Civil Veterinary Department Bihar & Orissa reports 1922-29 - 1922-1929
Year: 1922
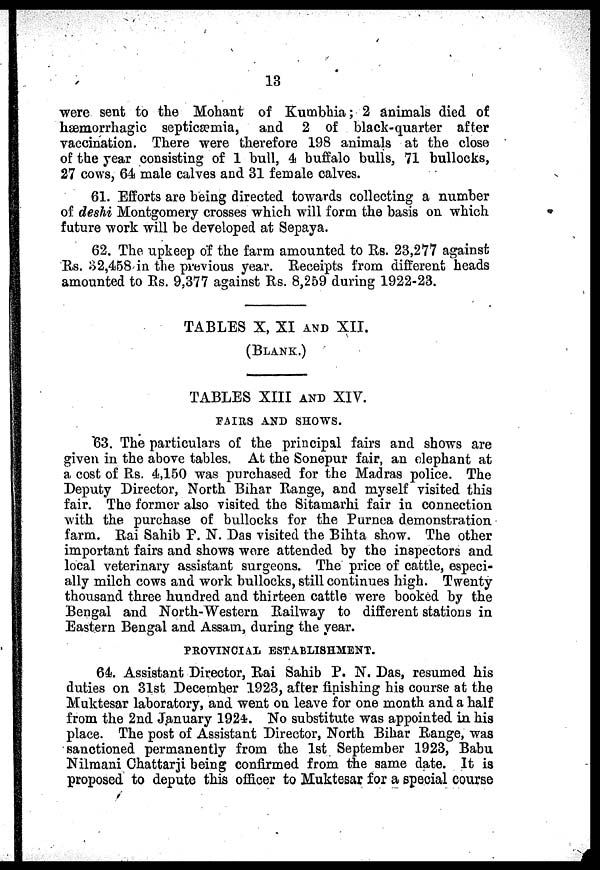
13
were sent to the Mohant of Kumbhia; 2 animals died of
hemorrhagic septicaemia, and 2 of black-quarter after
vaccination. There were therefore 198 animals at the close
of the year consisting of 1 bull, 4 buffalo bulls, 71 bullocks,
27 cows, 64 male calves and 31 female calves.
61. Efforts are being directed towards collecting a number
of deshi Montgomery crosses which will form the basis on which
future work will be developed at Sepaya.
62. The upkeep of the farm amounted to Us. 23,277 against
Us. 32,458 in the previous year. Receipts from different heads
amounted to Rs. 9,377 against Rs. 8,259 during 1922-23.
TABLES X, XI AND XII.
(BLANK.)
TABLES XIII AND XIV.
FAIRS AND SHOWS.
63. The particulars of the principal fairs and shows are
given in the above tables. At the Sonepur fair, an elephant at
a cost of Rs. 4,150 was purchased for the Madras police. The
Deputy Director, North Bihar Range, and myself visited this
fair. The former also visited the Sitamarhi fair in connection
with the purchase of bullocks for the Purnea demonstration
farm. Rai Sahib P. N. Das visited the Bihta show. The other
important fairs and shows wore attended by the inspectors and
local veterinary assistant surgeons. The price of cattle, especi-
ally milch cows and work bullocks, still continues high. Twenty
thousand three hundred and thirteen cattle were booked by the
Bengal and North-Western Railway to different stations in
Eastern Bengal and Assam, during the year.
PROVINCIAL ESTABLISHMENT.
64. Assistant Director, Rai Sahib P. N. Das, resumed his
duties on 31st December 1923, after finishing his course at the
Muktesar laboratory, and went on leave for one month and a half
from the 2nd January 1924. No substitute was appointed in his
place. The post of Assistant Director, North Bihar Range, was
sanctioned permanently from the 1st September 1923, Babu
Nilraani Chattarji being confirmed from the same date. It is
proposed to depute this officer to Muktesar for a special course